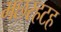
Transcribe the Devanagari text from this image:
मछरहटह